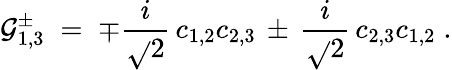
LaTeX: \mathcal{G}_{1,3}^{\pm}\; =\; \mp\frac{{i}}{{\sqrt{}{{2}}}}\, c_{1,2}c_{2,3}\, \pm\, \frac{{i}}{{\sqrt{}{{2}}}}\, c_{2,3}c_{1,2}\; .